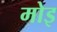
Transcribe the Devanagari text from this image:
मोइ